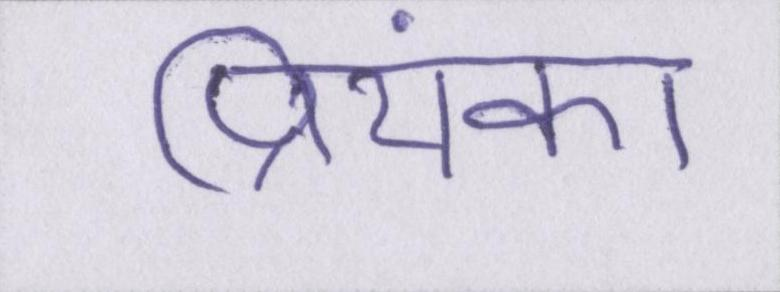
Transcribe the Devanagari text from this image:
प्रियंका